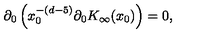
\partial _ { 0 } \left( x _ { 0 } ^ { - ( d - 5 ) } \partial _ { 0 } K _ { \infty } ( x _ { 0 } ) \right) = 0 ,